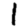
Digit: 1